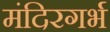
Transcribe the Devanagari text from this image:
मंदिरगर्भ